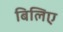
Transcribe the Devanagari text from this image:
बिलिए